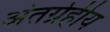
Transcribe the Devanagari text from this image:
अंतर्ग्रहीय